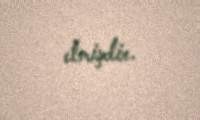
etmişdir.